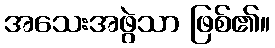
အသေးအဖွဲသာ ဖြစ်၏။